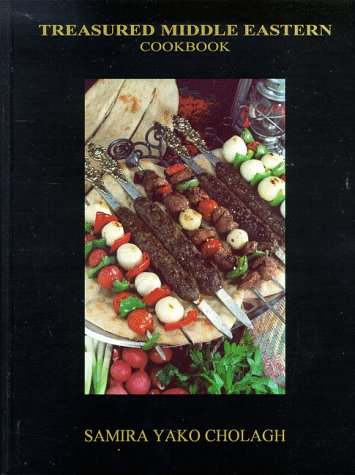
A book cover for Treasured Middle Eastern Cookbook; Samira Yako Cholagh; Cookbooks, Food & Wine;